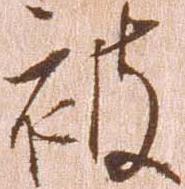
被